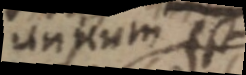
unuum est